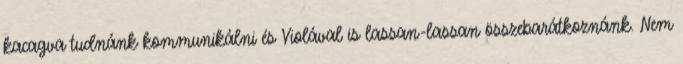
kacagva tudnánk kommunikálni és Violával is lassan-lassan összebarátkoznánk. Nem